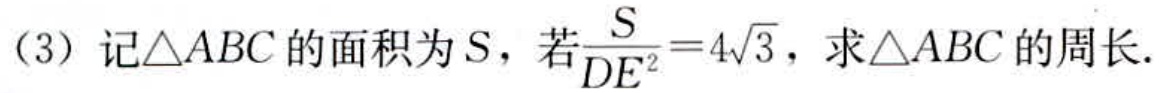
（3）记\(\triangle ABC\)的面积为\(S\)，若\(\frac{S}{DE^{2}} = 4\sqrt{3}\)，求\(\triangle ABC\)的周长.